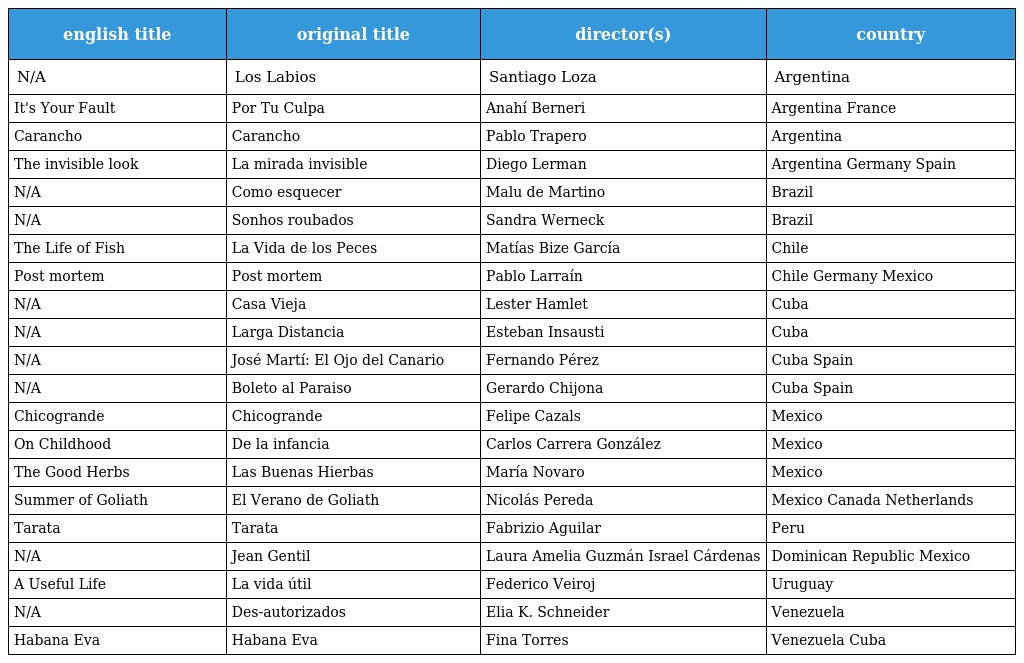
| english title | original title | director(s) | country |
 | --- | --- | --- | --- |
 | N/A | Los Labios | Santiago Loza | Argentina |
 | It's Your Fault | Por Tu Culpa | Anahí Berneri | Argentina France |
 | Carancho | Carancho | Pablo Trapero | Argentina |
 | The invisible look | La mirada invisible | Diego Lerman | Argentina Germany Spain |
 | N/A | Como esquecer | Malu de Martino | Brazil |
 | N/A | Sonhos roubados | Sandra Werneck | Brazil |
 | The Life of Fish | La Vida de los Peces | Matías Bize García | Chile |
 | Post mortem | Post mortem | Pablo Larraín | Chile Germany Mexico |
 | N/A | Casa Vieja | Lester Hamlet | Cuba |
 | N/A | Larga Distancia | Esteban Insausti | Cuba |
 | N/A | José Martí: El Ojo del Canario | Fernando Pérez | Cuba Spain |
 | N/A | Boleto al Paraiso | Gerardo Chijona | Cuba Spain |
 | Chicogrande | Chicogrande | Felipe Cazals | Mexico |
 | On Childhood | De la infancia | Carlos Carrera González | Mexico |
 | The Good Herbs | Las Buenas Hierbas | María Novaro | Mexico |
 | Summer of Goliath | El Verano de Goliath | Nicolás Pereda | Mexico Canada Netherlands |
 | Tarata | Tarata | Fabrizio Aguilar | Peru |
 | N/A | Jean Gentil | Laura Amelia Guzmán Israel Cárdenas | Dominican Republic Mexico |
 | A Useful Life | La vida útil | Federico Veiroj | Uruguay |
 | N/A | Des-autorizados | Elia K. Schneider | Venezuela |
 | Habana Eva | Habana Eva | Fina Torres | Venezuela Cuba |